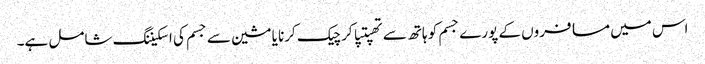
اس میں مسافروں کے پورے جسم کو ہاتھ سے تھپتپا کر چیک کرنا یا مشین سے جسم کی اسکیننگ شامل ہے۔